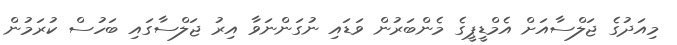
މިއަދުގެ ޖަލްސާއަށް އެމްޑީޕީގެ މެންބަރުން ވަޑައި ނުގަންނަވާ އިރު ޖަލްސާގައި ބަހުސް ކުރަމުން